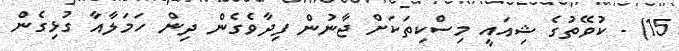
15) - ކުވޭތުގެ ޝިއައީ މިސްކިތަކަށް ޖާނުން ފިދާވެގެން ދިން ހަމަލާއާ ގުޅިގެން